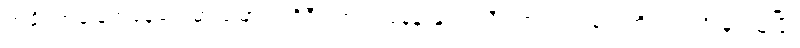
တချို့ အခြေအနေတွေမှာ မြောက်ကိုရီးယားအနေနဲ့ နျူကလီးယားလက်နက်ကို လက်ဦးမှုရယူပြီး